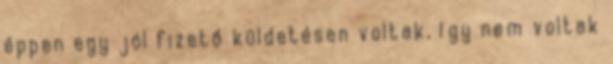
éppen egy jól fizető küldetésen voltak, így nem voltak